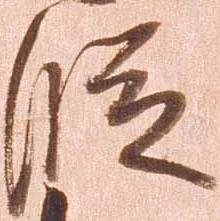
段